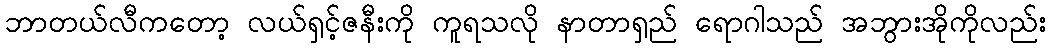
ဘာတယ်လီကတော့ လယ်ရှင့်ဇနီးကို ကူရသလို နာတာရှည် ရောဂါသည် အဘွားအိုကိုလည်း